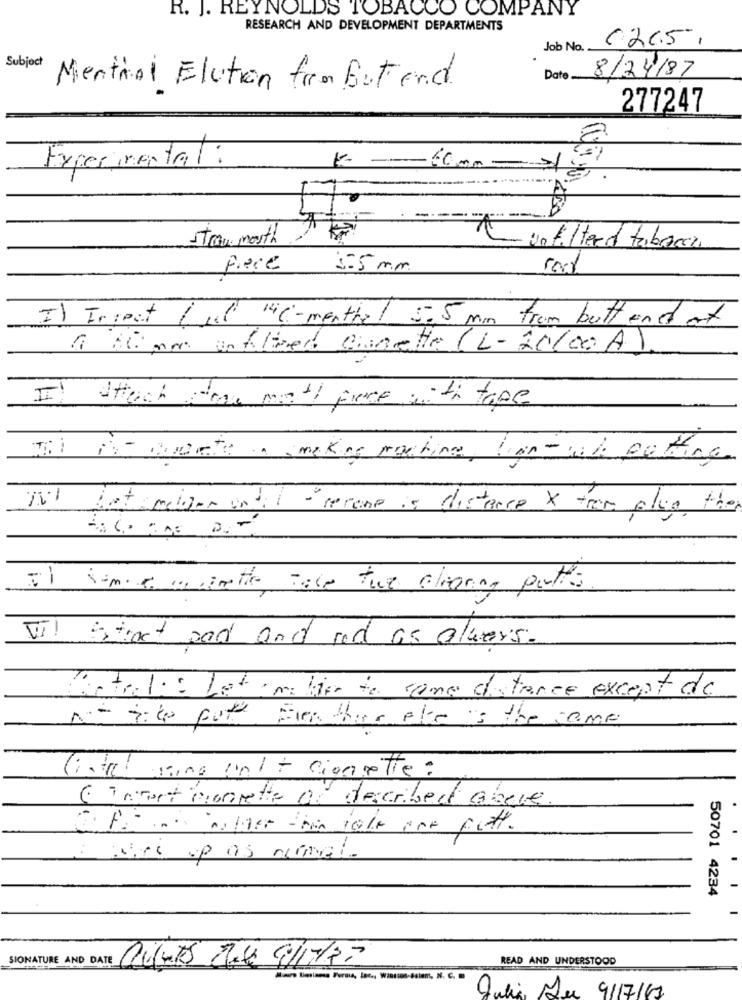
R. J. REYNOLDS TOBACCO COMPANY
RESEARCH AND DEVELOPMENT DEPARTMENTS
0265,
Job No.
Subject
8/24/87
Date
Menthal Elution fra But end.
277247
K- -
Experimental:
60,00
A
straw month
Unfiltered taberen
Piece
5.5 mm
I) Tripct / 1l "6-menthal 5.5 mm from butt und at
a team un blined Ginette (L-20100 A).
Is attach the moth face with tape
HI it- Quante , making machine, han- wh putting
1.7%
Let meligar until - secamp is distance X trem plus the
Some .. simette Tele tue cleaning puts
VI! Street pad and red as alwers.
Totale: Latamable to some distance except de
No site por Fion ther ale is the same
lista! sing init cionsette:
( immort honrette of described above.
wine up as numal.
50701 4234
SIGNATURE AND DATE
READ AND UNDERSTOOD
Julia Due 9/17/11